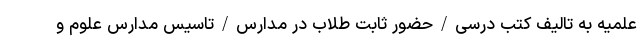
علمیه به تالیف کتب درسی/حضور ثابت طلاب در مدارس/تاسیس مدارس علوم و